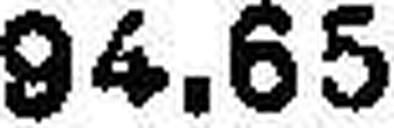
94.65